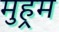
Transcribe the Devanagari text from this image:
मुहर्‍म